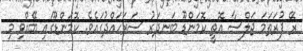
ރޭ ފުރަތަމަ ޖަލްސާ އޮތީ ކޮމަންޑޫ ބަނދަރު ސަރަހައްދުގައެވެ. ކޮމަންޑޫގައި ބޭއްވި މި